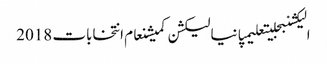
الیکشنبجلیتعلیمپانیالیکشن کمیشنعام انتخابات 2018